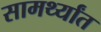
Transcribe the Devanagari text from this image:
सामर्थ्यांत